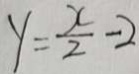
y = \frac { x } { 2 } - 2